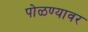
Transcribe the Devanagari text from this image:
पोळण्यावर